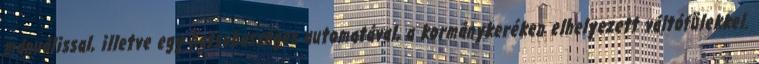
manuálissal, illetve egy hatsebességes automatával, a kormánykeréken elhelyezett váltófülekkel.